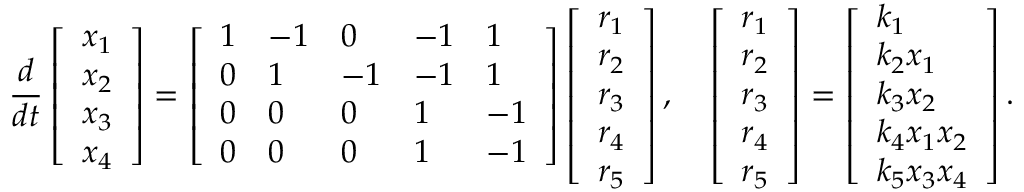
\frac { d } { d t } \left[ \begin{array} { l } { x _ { 1 } } \\ { x _ { 2 } } \\ { x _ { 3 } } \\ { x _ { 4 } } \end{array} \right] = \left[ \begin{array} { l l l l l } { 1 } & { - 1 } & { 0 } & { - 1 } & { 1 } \\ { 0 } & { 1 } & { - 1 } & { - 1 } & { 1 } \\ { 0 } & { 0 } & { 0 } & { 1 } & { - 1 } \\ { 0 } & { 0 } & { 0 } & { 1 } & { - 1 } \end{array} \right] \left[ \begin{array} { l } { r _ { 1 } } \\ { r _ { 2 } } \\ { r _ { 3 } } \\ { r _ { 4 } } \\ { r _ { 5 } } \end{array} \right] , \quad \left[ \begin{array} { l } { r _ { 1 } } \\ { r _ { 2 } } \\ { r _ { 3 } } \\ { r _ { 4 } } \\ { r _ { 5 } } \end{array} \right] = \left[ \begin{array} { l } { k _ { 1 } } \\ { k _ { 2 } x _ { 1 } } \\ { k _ { 3 } x _ { 2 } } \\ { k _ { 4 } x _ { 1 } x _ { 2 } } \\ { k _ { 5 } x _ { 3 } x _ { 4 } } \end{array} \right] .